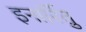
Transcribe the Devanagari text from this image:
इनार्रितु